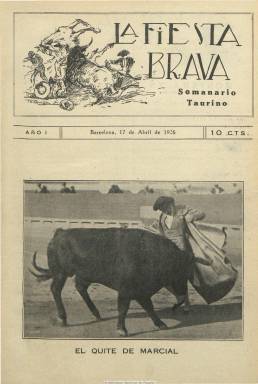
Título: La Fiesta brava (Barcelona)
Colección: Toros
Ámbito geográfico: Barcelona
Lugar de publicación: Barcelona
Fechas: 17/04/1926-17/07/1936

Semanario taurino, probablemente, “la mejor” publicación barcelonesa especializada en tauromaquia, a juicio de Alejandro Pizarrroso Quintero, que al comienzo de una nueva temporada taurina -como lo hacen la mayor parte de este tipo de publicaciones, muchas de ellas efímeras- aparece el 17 de abril de 1926, y que tras once años de fructífera vida, sacará a la calle su último número -465- el 17 de julio de 1936. Su propietario y director es José Villar Jiménez (Doctor Vesalio), que la cofunda junto al aragonés Fernando Sayos (Trincherilla), quien será su redactor jefe hasta su abandono el 28 de julio de 1927, regresando de nuevo el cinco de julio de 1929 como director de la revista. El grabado de la cabecera es del pintor Joaquim Terruella Matilla (1891-1957), que además será el autor de numerosos dibujos y acuarelas de temática taurina que reproducirá esta publicación.

Comienza su andadura en entregas de ocho páginas y a diez céntimos, y después duplica su paginación e incrementa hasta los veinte céntimos el ejemplar, regresando más tarde a su paginación y precio de origen. También alternará el papel de impresión, del de prensa al de couché, con lo que las fotografías que publica serán impresas con mejor calidad. La cubierta, generalmente, es estampada a dos tintas y la ocupan generalmente retratos de toreros y sus lances en las corridas.

Se caracteriza por unos contenidos relevantes sobre la cultura y la erudición de la tauromaquia, con reseñas bibliográficas sobre este arte, destacando la dedicada de forma entusiasta por Tomás Orts Ramos (Uno al Sesgo) el siete de abril de 1933 sobre Death in the Afternoon, que el año anterior había publicado Ernest Hemingway, y que representa la primera crítica española a este clásico de la literatura taurina, referenciada en los estudios sobre el autor norteamericano. Otros contenidos del mismo carácter literario, histórico y técnico-artístico sobre la tauromaquia son los firmados por El Licenciado Torralba en su sección Suertes olvidadas, o en la de Retratos viejos, sobre semblanzas de matadores. Otras secciones de la revista son Desde mi barrera (que firma Trincherilla), Consultorio taurino, Chismorreo taurino, Taller de trauma, Gazapando o España taurina, en donde incluye las diferentes crónicas sobre las corridas de toros que se celebran en provincias. También publicará, además de noticias varias o algunos textos en verso y otros de carácter humorístico pero escritos con gran pulcritud, como lo es también su diseño, resúmenes estadísticos de toros y toreros y un Escalafón taurino.

Contará con corresponsales en diferentes capitales de provincias; en Madrid, con José Díaz de Quijano (Don Quijote); en Bilbao, con Carlos Tramullats (Civil); en Valencia, con José Bayarrí (Pepe Orazal); en Zaragoza, con Vicente Villa (Teddy), y también en Córdoba, Zaragoza, Málaga, Melilla o Murcia. Asimismo, tendrá corresponsales en las ciudades francesas de Nimes y Arlés; en la de Burdeos, a Henry Dumoulin (Corto y Derecho), y en la de Marsella, a Marcel Grand (Don Severo). Su corresponsal en Portugal será F. de A. Caseti. Otros de sus colaboradores son, además, Francisco P. Miró (Segundo Toque), Ventura Bagües Navarro (Don Ventura), Enrique García (Carrasclás) y Gerónimo Serrano (Azares). Contará también con la colaboración del fotógrafo barcelonés Carmelo Vives. Carlos López (Carlitos) fue su administrador y en los últimos años su redactor jefe será Alfonso de Aricha.